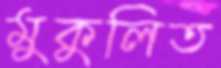
মুকুলিত